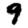
Digit: 9